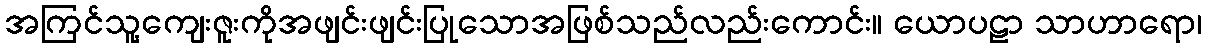
အကြင်သူ့ကျေးဇူးကိုအဖျင်းဖျင်းပြုသောအဖြစ်သည်လည်းကောင်း။ ယောပဠာ သာဟာရော၊